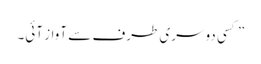
” کسی دوسری طرف سے آواز آئی۔